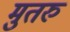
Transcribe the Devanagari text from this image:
मुतरु